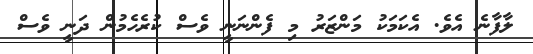
ލާފާނެ އެވެ. އެކަމަކު މަންޒަރު މި ފެންނަނީ ވެސް ކުރެހެމުން ދަނީ ވެސް